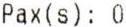
PAX(S): 0